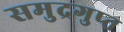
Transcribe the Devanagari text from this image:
समुद्रगुप्‍त